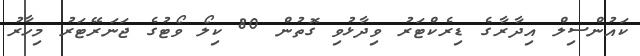
ކައުންސިލް އިދާރާގެ ޑިރެކްޓަރު ވިދާޅުވި ގޮތުން 80 ކިލޯ ވޯޓުގެ ޖަނަރޭޓަރު މިހާރު